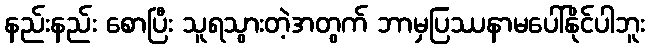
နည်းနည်း စောပြီး သူရသွားတဲ့အတွက် ဘာမှပြဿနာမပေါ်နိုင်ပါဘူး